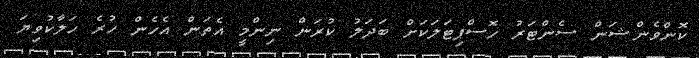
ކޮންވެންޝަން ސެންޓަރު ހޮސްޕިޓަލަކަށް ބަދަލު ކުރަން ނިންމީ އެތަން އެހެން ހުރެ ހަލާކުވިޔަ